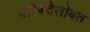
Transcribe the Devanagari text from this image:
परिषदेसोबत